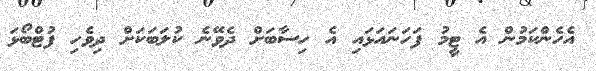
އެހެންކަމުން އެ ޓީމު ފަހަނައަޅައި އެ ހިސާބަށް ދެވޭނެ ކުލަބަކަށް ދިވެހި ފުޓްބޯޅަ